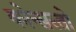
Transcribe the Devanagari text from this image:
कोन्सरतो